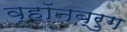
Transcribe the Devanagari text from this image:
व्हॉनब्रुग